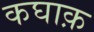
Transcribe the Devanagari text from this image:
कघाक़